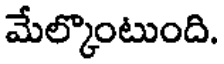
మేల్కొంటుంది.